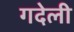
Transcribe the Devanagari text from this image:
गदेली